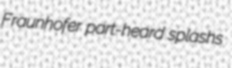
Fraunhofer part-heard splashs